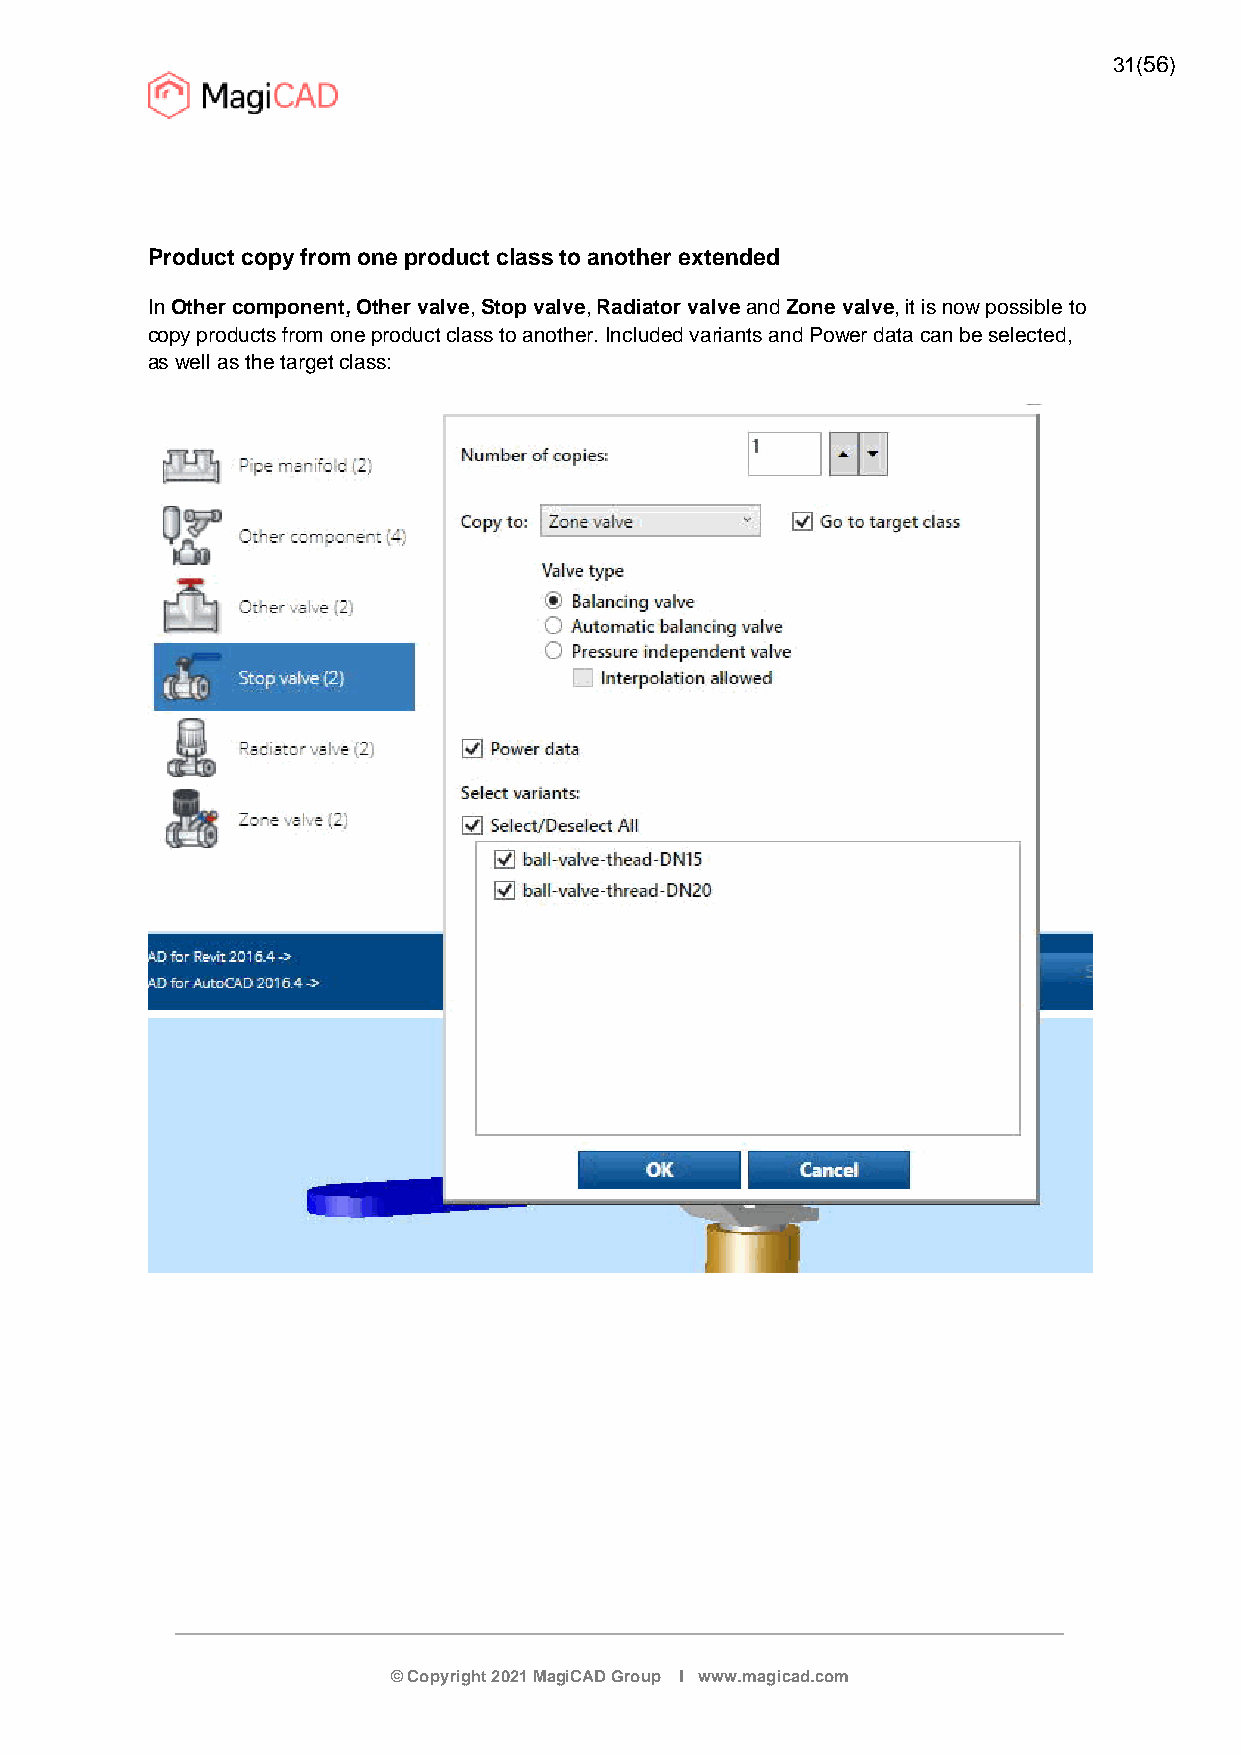
31(56)
 Product copy from one product class to another extended
 InOther component,Other valve, Stop valve, Radiator valveandZone valve, it is now possible to
 copy products from one product class to another. Included variants and Power data can be selected,
 as well as the target class:
 © Copyright 2021 MagiCAD Group I www.magicad.com